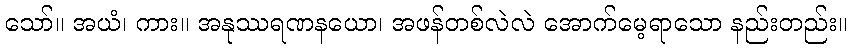
သော်။ အယံ၊ ကား။ အနုဿရဏနယော၊ အဖန်တစ်လဲလဲ အောက်မေ့ရာသော နည်းတည်း။